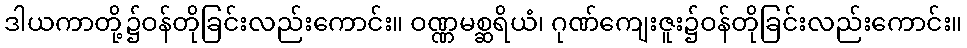
ဒါယကာတို့၌ဝန်တိုခြင်းလည်းကောင်း။ ဝဏ္ဏမစ္ဆရိယံ၊ ဂုဏ်ကျေးဇူး၌ဝန်တိုခြင်းလည်းကောင်း။